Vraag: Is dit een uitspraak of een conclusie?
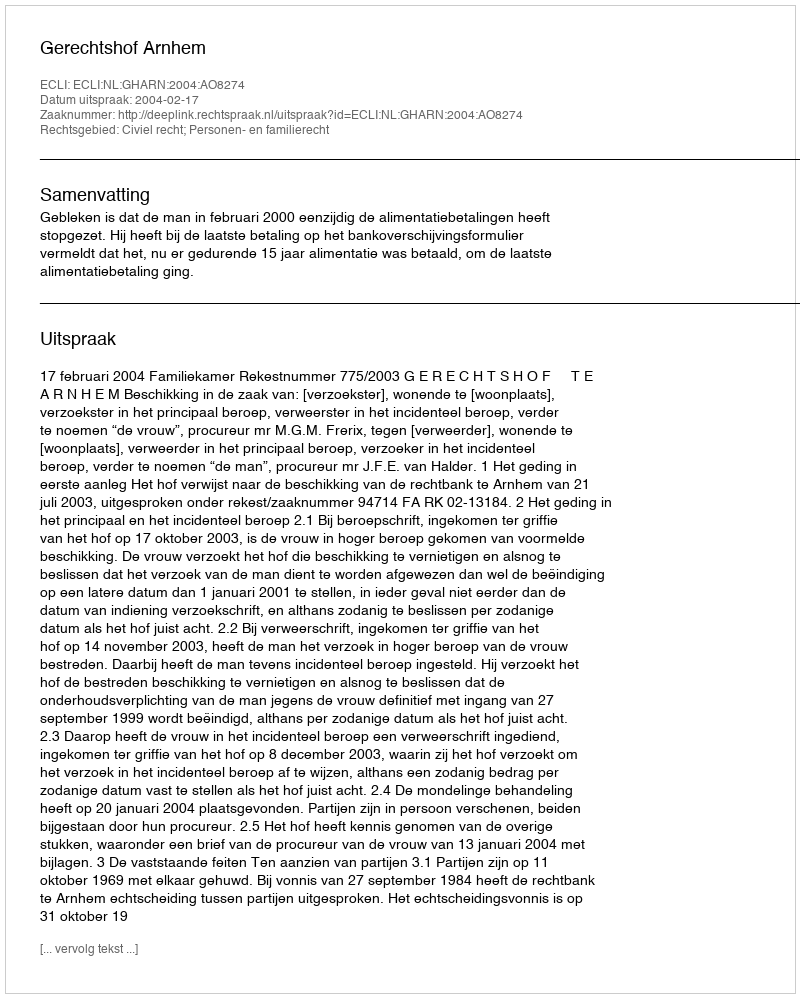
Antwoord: Uitspraak